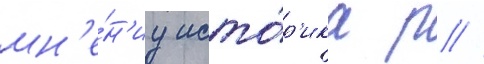
мн'е́н'иу исто́р'ика р //